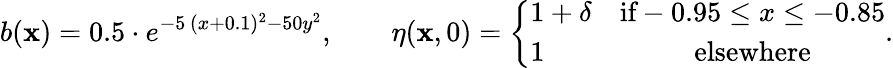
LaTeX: b(\mathbf{x})=0.5\cdot e^{-5\, (x+0.1)^{2}-50y^{2}},\qquad\eta(\mathbf{x},0)=\left\{ \begin{array}{lc}{1+\delta}&{\textnormal{if}-0.95\leq x\leq-0.85}\\ {1}&{\textnormal{elsewhere}}\end{array}\right..